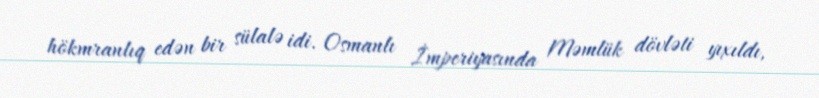
hökmranlıq edən bir sülalə idi. Osmanlı İmperiyasında Məmlük dövləti yıxıldı,